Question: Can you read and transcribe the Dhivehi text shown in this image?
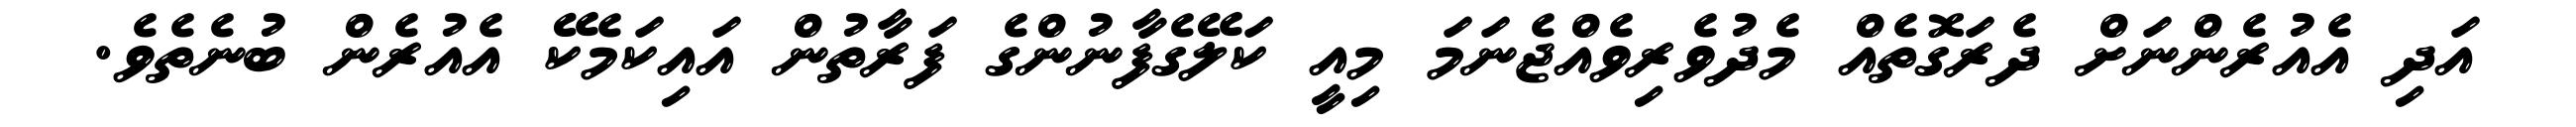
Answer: އަދި އެއުރެންނަށް ދެރަގޮތެއް މެދުވެރިވެއްޖެނަމަ މިއީ ކަލޭގެފާނުންގެ ފަރާތުން އައިކަމެކޭ އެއުރެން ބުނެތެވެ.